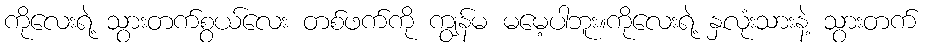
ကိုလေးရဲ့ သွားတက်စွယ်လေး တစ်ဖက်ကို ကျွန်မ မမေ့ပါဘူး။ကိုလေးရဲ့ နှလုံးသားနဲ့ သွားတက်